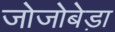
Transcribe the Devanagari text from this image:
जोजोबेड़ा